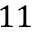
1 1